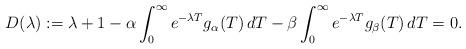
LaTeX: \begin{align*}D(\lambda):=\lambda + 1 -\alpha\int_0^\infty e^{-\lambda T}g_\alpha(T)\,dT-\beta\int_0^\infty e^{-\lambda T}g_\beta(T)\,dT=0.\end{align*}